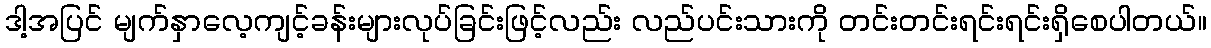
ဒါ့အပြင် မျက်နှာလေ့ကျင့်ခန်းများလုပ်ခြင်းဖြင့်လည်း လည်ပင်းသားကို တင်းတင်းရင်းရင်းရှိစေပါတယ်။